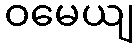
ဝမေယျ